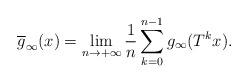
LaTeX: \begin{align*}\overline{g}_\infty(x)= \lim_{n \rightarrow +\infty} \frac{1}{n} \sum_{k=0}^{n-1} g_{\infty}(T^k x).\end{align*}